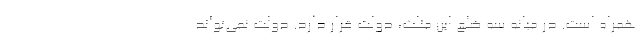
همراه است. در میانه سه ضلع این مثلث، دولت قرار دارد. دولت نمی‌تواند